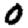
Digit: 0